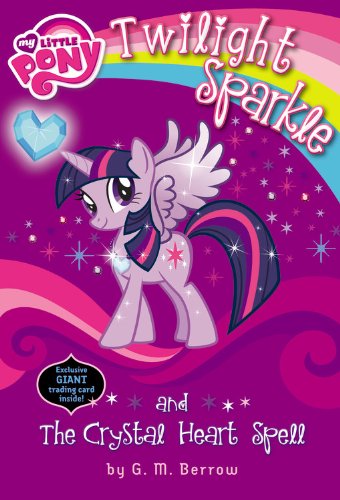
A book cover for My Little Pony: Twilight Sparkle and the Crystal Heart Spell (My Little Pony Chapter Books); G.M. Berrow; Children's Books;